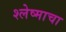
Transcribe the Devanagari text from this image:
श्लेष्माचा